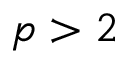
p > 2